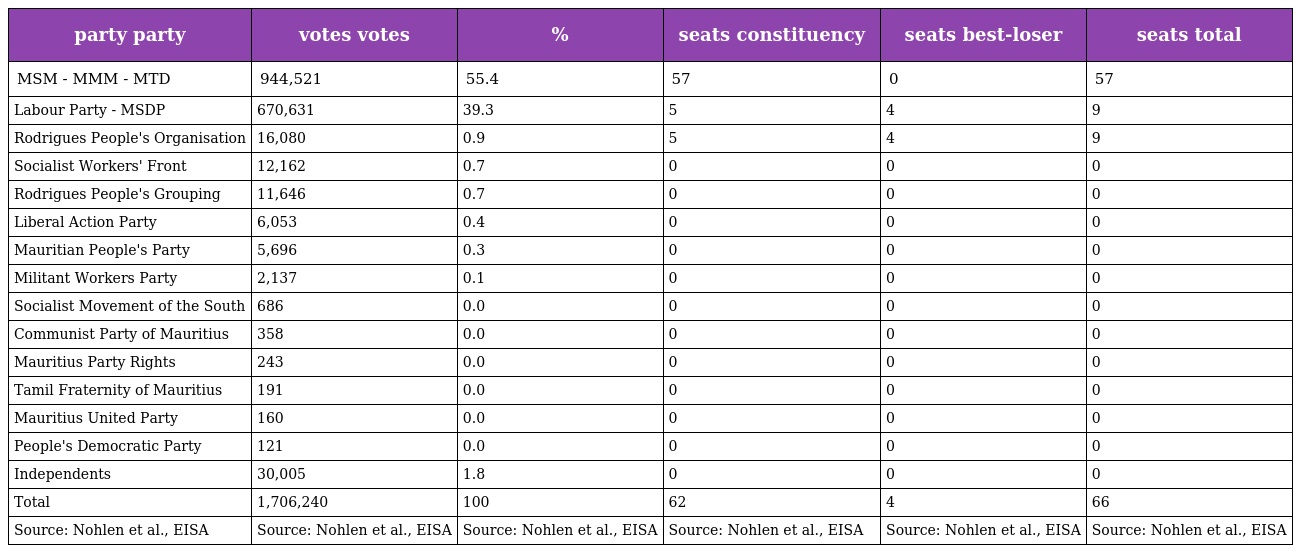
| party party | votes votes | % | seats constituency | seats best-loser | seats total |
 | --- | --- | --- | --- | --- | --- |
 | MSM - MMM - MTD | 944,521 | 55.4 | 57 | 0 | 57 |
 | Labour Party - MSDP | 670,631 | 39.3 | 5 | 4 | 9 |
 | Rodrigues People's Organisation | 16,080 | 0.9 | 5 | 4 | 9 |
 | Socialist Workers' Front | 12,162 | 0.7 | 0 | 0 | 0 |
 | Rodrigues People's Grouping | 11,646 | 0.7 | 0 | 0 | 0 |
 | Liberal Action Party | 6,053 | 0.4 | 0 | 0 | 0 |
 | Mauritian People's Party | 5,696 | 0.3 | 0 | 0 | 0 |
 | Militant Workers Party | 2,137 | 0.1 | 0 | 0 | 0 |
 | Socialist Movement of the South | 686 | 0.0 | 0 | 0 | 0 |
 | Communist Party of Mauritius | 358 | 0.0 | 0 | 0 | 0 |
 | Mauritius Party Rights | 243 | 0.0 | 0 | 0 | 0 |
 | Tamil Fraternity of Mauritius | 191 | 0.0 | 0 | 0 | 0 |
 | Mauritius United Party | 160 | 0.0 | 0 | 0 | 0 |
 | People's Democratic Party | 121 | 0.0 | 0 | 0 | 0 |
 | Independents | 30,005 | 1.8 | 0 | 0 | 0 |
 | Total | 1,706,240 | 100 | 62 | 4 | 66 |
 | Source: Nohlen et al., EISA | Source: Nohlen et al., EISA | Source: Nohlen et al., EISA | Source: Nohlen et al., EISA | Source: Nohlen et al., EISA | Source: Nohlen et al., EISA |